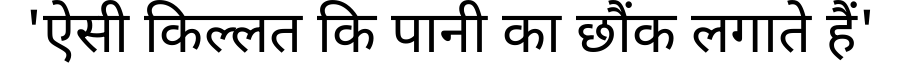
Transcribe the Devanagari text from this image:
'ऐसी किल्लत कि पानी का छौंक लगाते हैं'